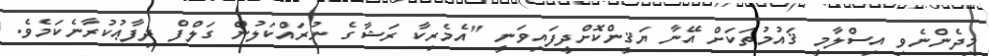
މިދެންނެވި އިސްލާމީ ޤައުމުތަކަށް އޭނާ ޔަޤީންކޮށްދީފައިވަނީ "އެމެރިކާ ރަޝާގެ ނުރައްކަލުން ގަލްފް ދިފާޢުކުރާނެކަމެވެ.